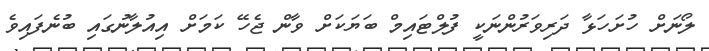
ލޯނަށް ހުށަހަޅާ ދަރިވަރުންނަކީ ފުލްޓައިމް ބަޔަކަށް ވާން ޖެހޭ ކަމަށް އިއުލާނުގައި ބުނެފައިވެ